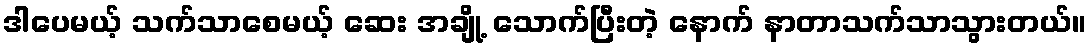
ဒါပေမယ့် သက်သာစေမယ့် ဆေး အချို့ သောက်ပြီးတဲ့ နောက် နာတာသက်သာသွားတယ်။